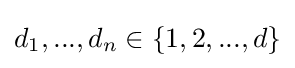
d_{1},...,d_{n}\in \{1,2,...,d\}